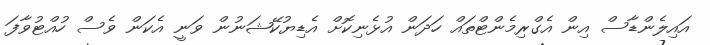
އައިލެންޑާސް އިން އެގްރިމެންޓްތައް ހަދަން އުޅެނިކޮށް އެޑިޔުކޭޝަނުން ވަނީ އެކަން ވެސް ހުއްޓުވާފަ